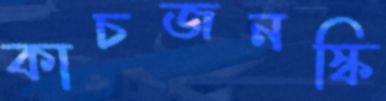
কাচজনস্কি